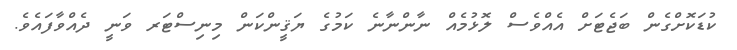
ކުޑަކޮށްގެން ބަޖެޓަށް އެއްވެސް ލޮޅުމެއް ނާންނާނެ ކަމުގެ ޔަޤީންކަން މިނިސްޓަރ ވަނީ ދެއްވާފައެވެ.